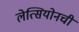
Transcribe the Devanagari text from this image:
लेत्सियोनची